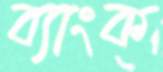
ব্যাংক